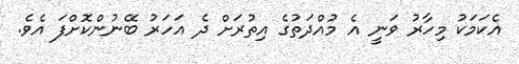
އެކަމަކު މިހާރު ވަނީ އެ މުއްދަތުގެ އިތުރަށް ދެ އަހަރު ބޭނުންކޮށްފަ އެވެ.